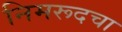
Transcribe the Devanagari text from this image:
निमरूदचा